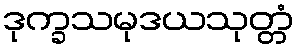
ဒုက္ခသမုဒယသုတ္တံ